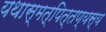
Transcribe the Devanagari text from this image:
यथास्मत्पित्तण्यस्य